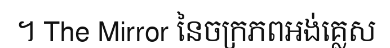
។ The Mirror នៃចក្រភពអង់គ្លេស